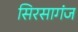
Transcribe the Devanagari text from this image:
सिरसागंज